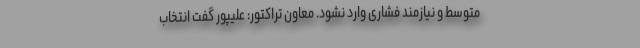
متوسط و نیازمند فشاری وارد نشود. معاون تراکتور: علیپور گفت انتخاب